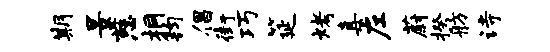
期景慈桐钧倡街巧筵烤真左蔚揆舫诗